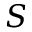
S